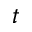
t